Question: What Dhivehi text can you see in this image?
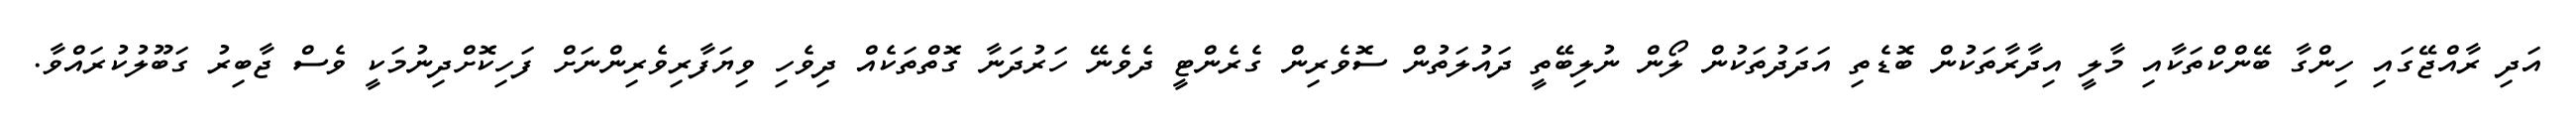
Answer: އަދި ރާއްޖޭގައި ހިންގާ ބޭންކްތަކާއި މާލީ އިދާރާތަކުން ބޮޑެތި އަދަދުތަކުން ލޯން ނުލިބޭތީ ދައުލަތުން ސޮވެރިން ގެރެންޓީ ދެވެނޭ ހަރުދަނާ ގޮތްތަކެއް ދިވެހި ވިޔަފާރިވެރިންނަށް ފަހިކޮށްދިނުމަކީ ވެސް ޖާބިރު ގަބޫލުކުރައްވާ.